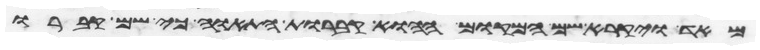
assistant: מאד ויקרא שם המקום ההוא קברות התאוה כי שם קברו